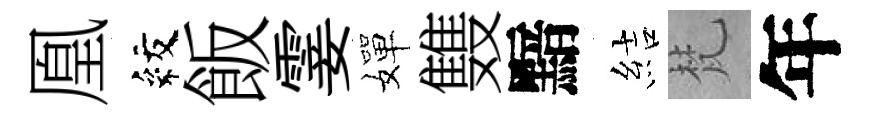
凰紋飯霎嬋䨇黯結梵年